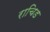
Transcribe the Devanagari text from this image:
राचिड